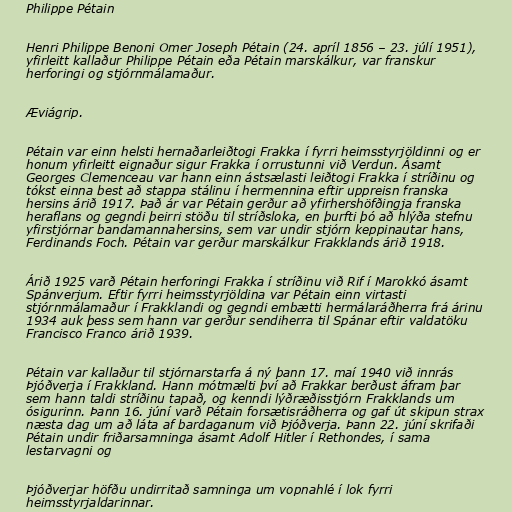
Philippe Pétain

Henri Philippe Benoni Omer Joseph Pétain (24. apríl 1856 – 23. júlí 1951),
yfirleitt kallaður Philippe Pétain eða Pétain marskálkur, var franskur
herforingi og stjórnmálamaður.

Æviágrip.

Pétain var einn helsti hernaðarleiðtogi Frakka í fyrri heimsstyrjöldinni og er
honum yfirleitt eignaður sigur Frakka í orrustunni við Verdun. Ásamt
Georges Clemenceau var hann einn ástsælasti leiðtogi Frakka í stríðinu og
tókst einna best að stappa stálinu í hermennina eftir uppreisn franska
hersins árið 1917. Það ár var Pétain gerður að yfirhershöfðingja franska
heraflans og gegndi þeirri stöðu til stríðsloka, en þurfti þó að hlýða stefnu
yfirstjórnar bandamannahersins, sem var undir stjórn keppinautar hans,
Ferdinands Foch. Pétain var gerður marskálkur Frakklands árið 1918.

Árið 1925 varð Pétain herforingi Frakka í stríðinu við Rif í Marokkó ásamt
Spánverjum. Eftir fyrri heimsstyrjöldina var Pétain einn virtasti
stjórnmálamaður í Frakklandi og gegndi embætti hermálaráðherra frá árinu
1934 auk þess sem hann var gerður sendiherra til Spánar eftir valdatöku
Francisco Franco árið 1939.

Pétain var kallaður til stjórnarstarfa á ný þann 17. maí 1940 við innrás
Þjóðverja í Frakkland. Hann mótmælti því að Frakkar berðust áfram þar
sem hann taldi stríðinu tapað, og kenndi lýðræðisstjórn Frakklands um
ósigurinn. Þann 16. júní varð Pétain forsætisráðherra og gaf út skipun strax
næsta dag um að láta af bardaganum við Þjóðverja. Þann 22. júní skrifaði
Pétain undir friðarsamninga ásamt Adolf Hitler í Rethondes, í sama
lestarvagni og

Þjóðverjar höfðu undirritað samninga um vopnahlé í lok fyrri
heimsstyrjaldarinnar.